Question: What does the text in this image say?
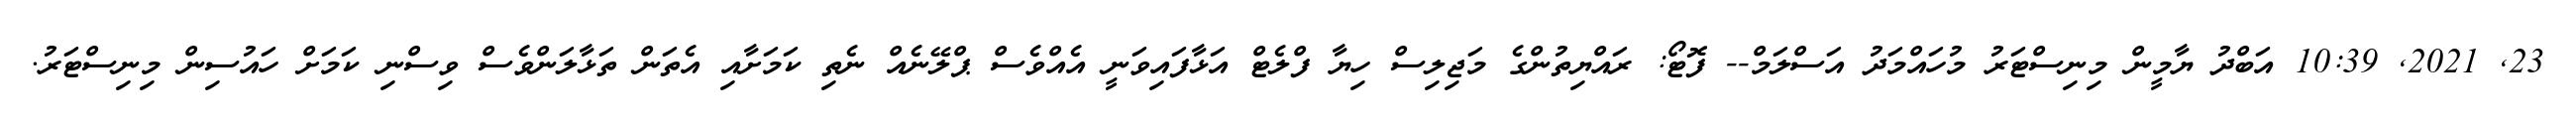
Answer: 23, 2021, 10:39 އަބްދު ޔާމީން މިނިސްޓަރު މުހައްމަދު އަސްލަމް-- ފޮޓޯ: ރައްޔިތުންގެ މަޖިލިސް ހިޔާ ފްލެޓް އަޅާފައިވަނީ އެއްވެސް ޕްލޭނެއް ނެތި ކަމަށާއި އެތަން ތަޅާލަންވެސް ވިސްނި ކަމަށް ހައުސިން މިނިސްޓަރު.